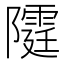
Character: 𨽕